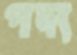
পদ্য